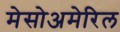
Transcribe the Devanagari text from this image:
मेसोअमेरिल